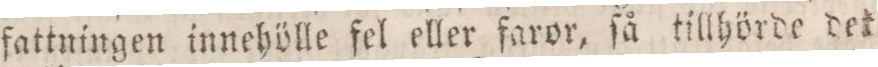
fattningen innehölle fel eller faror, ſå tillhörde det